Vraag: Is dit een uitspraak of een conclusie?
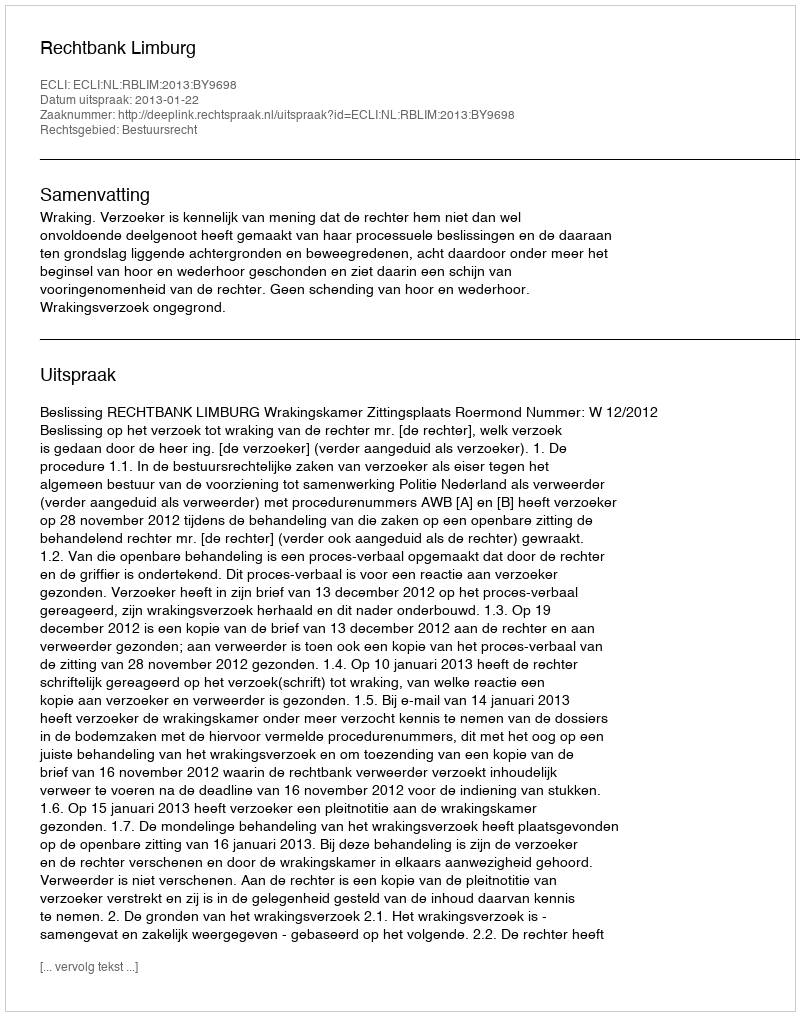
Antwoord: Uitspraak